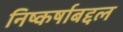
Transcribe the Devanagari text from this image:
निष्कर्षाबद्दल